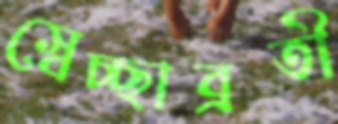
স্বেচ্ছাব্রতী